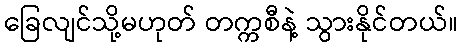
ခြေလျင်သို့မဟုတ် တက္ကစီနဲ့ သွားနိုင်တယ်။